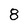
Character: 8